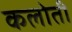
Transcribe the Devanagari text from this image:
कलोती